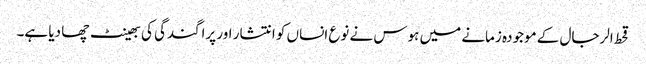
قحط الرجال کے موجودہ زمانے میں ہوس نے نوع انساں کو انتشار اور پراگندگی کی بھینٹ چھا دیا ہے۔